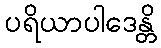
ပရိယာပါဒေန္တိ